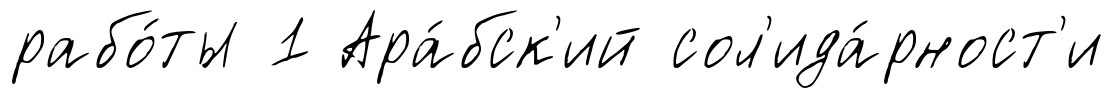
рабо́ты 1 Ара́бск'ий сол'ида́рност'и